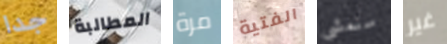
جدا المطالبة مرة الفتية سنمشي غير